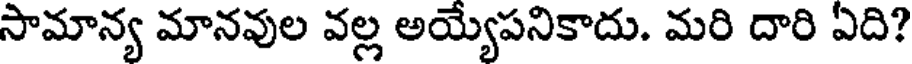
సామాన్య మానవుల వల్ల అయ్యేపనికాదు. మరి దారి ఏది?